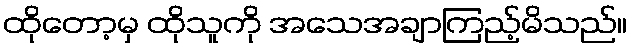
ထိုတော့မှ ထိုသူကို အသေအချာကြည့်မိသည်။